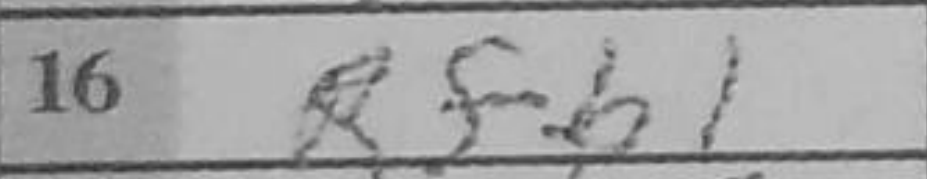
Transcription: Rfb1